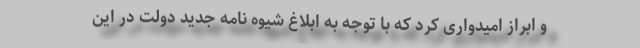
و ابراز امیدواری کرد که با توجه به ابلاغ شیوه نامه جدید دولت در این